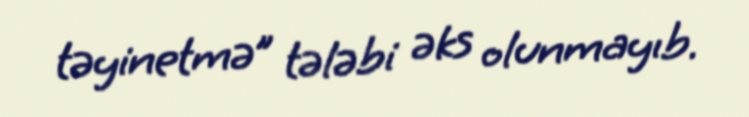
təyinetmə” tələbi əks olunmayıb.